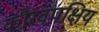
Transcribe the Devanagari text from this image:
कौरवपक्षिय